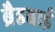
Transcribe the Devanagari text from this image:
ब्रैडबाई